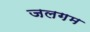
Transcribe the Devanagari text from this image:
जलगम